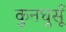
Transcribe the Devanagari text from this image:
कुनघुसूँ